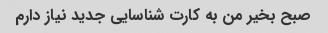
صبح بخیر من به کارت شناسایی جدید نیاز دارم